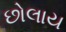
છોલાય